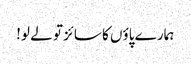
ہمارے پاؤں کا سائز تو لے لو!